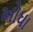
ખોધા